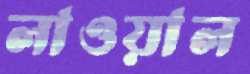
লাওয়াল